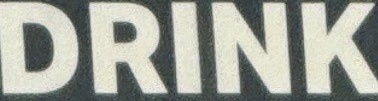
DRINK